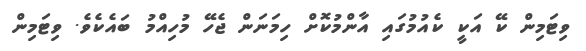
ވިޓަމިން ކޭ އަކީ ކެއުމުގައި އާންމުކޮށް ހިމަނަން ޖެހޭ މުހިއްމު ބައެކެވެ. ވިޓަމިން